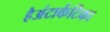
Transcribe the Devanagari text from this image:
हैअंटार्कटिका